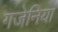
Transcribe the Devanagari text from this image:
गजेनियां